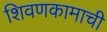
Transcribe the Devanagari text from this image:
शिवणकामाची